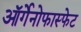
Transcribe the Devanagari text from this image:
ऑर्गेनोफास्फेट